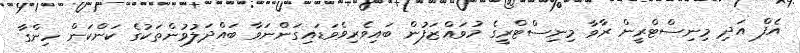
އެފް އަދި މިނިސްޓްރީން ރާވާ މިނިސްޓްރީގެ މުވައްޒަފުން ބައިވެރިވެވަޑައިގަންނަވާ ބައްދަލުވުންތަކުގެ ކަންކަން ހިންގާ